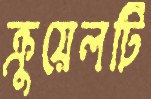
ক্রুয়েলটি